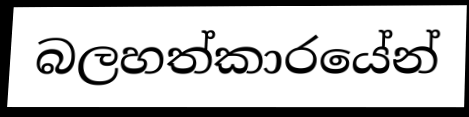
බලහත්කාරයේන්